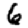
Digit: 6